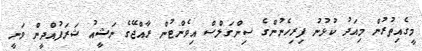
މީގެއިތުރުން މިއަދު ކުޅުނު ފިރިހެނުންގެ ސިންގަލްސް އިވެންޓުން ރާއްޖޭގެ ނަޝީއު ޝަރަފުއްދީން ވަނީ